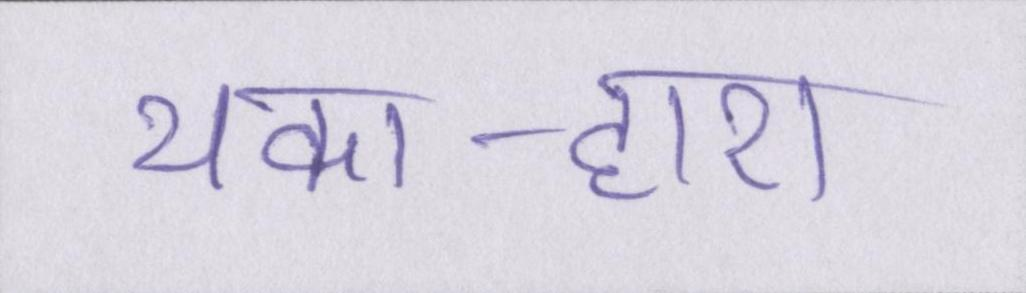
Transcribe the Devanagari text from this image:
थका-हारा